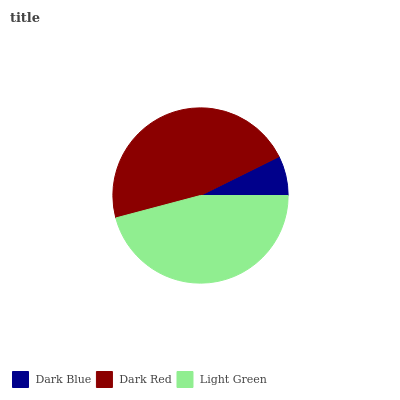
| Dark Blue | Dark Red | Light Green |
 | --- | --- | --- |
 | 7.32% | 46.8% | 45.9% |